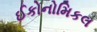
ઈકોનોમિકલ